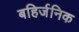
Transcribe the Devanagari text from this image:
बहिर्जनिक